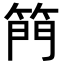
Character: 𮅘